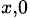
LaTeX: _{x,0}